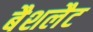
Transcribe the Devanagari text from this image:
बैशलैट